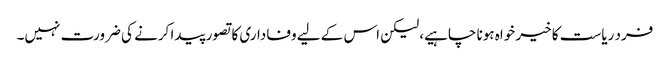
فرد ریاست کا خیر خواہ ہونا چاہیے، لیکن اس کے لیے وفاداری کا تصور پیدا کرنے کی ضرورت نہیں۔